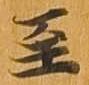
至